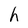
Character: h